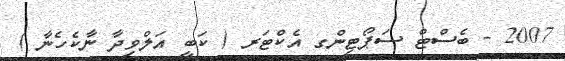
2007 - ބެސްޓް ސަޕޯޓިންގ އެކްޓަރ ( ކަބީ އަލްވިދާ ނާކެހެނާ )